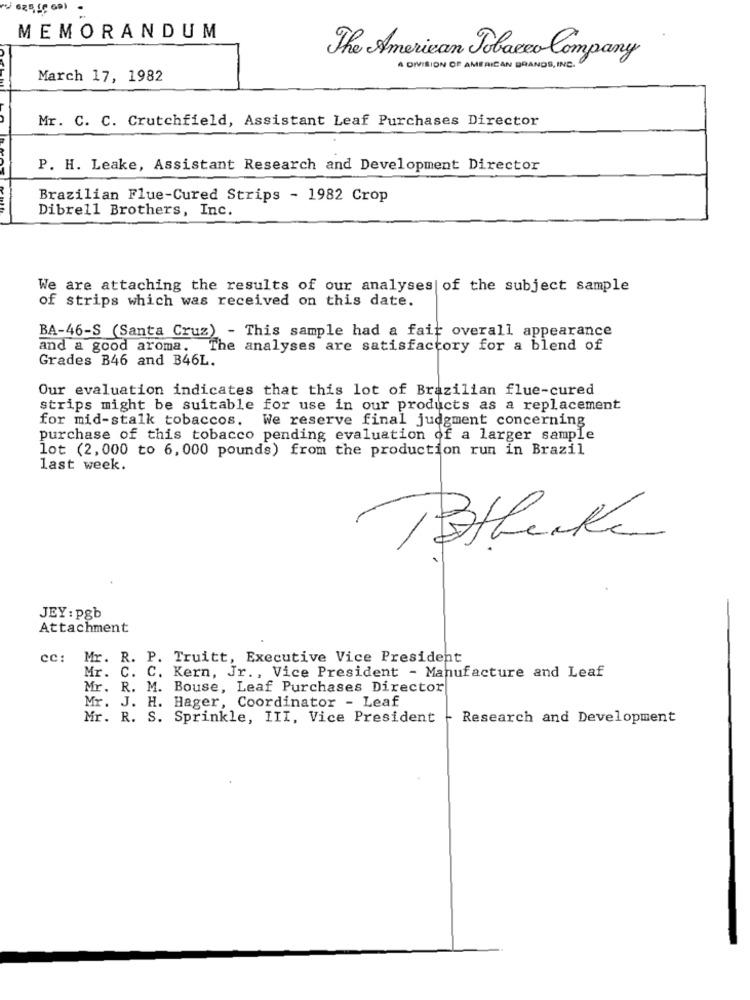
625 66 69)
MEMORANDUM
The American Tobacco Company
A DIVISION OF AMERICAN BRANDS, INC.
March 17, 1982
Mr. C. C. Crutchfield, Assistant Leaf Purchases Director
P. H. Leake, Assistant Research and Development Director
Brazilian Flue-Cured Strips - 1982 Crop
Dibrell Brothers, Inc.
We are attaching the results of our analyses of the subject sample
of strips which was received on this date.
BA-46-S (Santa Cruz) - This sample had a fait overall appearance
and a good aroma.
The analyses are satisfactory for a blend of
Grades B46 and B46L.
Our evaluation indicates that this lot of Brazilian flue-cured
strips might be suitable for use in our products as a replacement
for mid-stalk tobaccos.
We reserve final judgment concerning
purchase of this tobacco pending evaluation of a larger sample
lot (2, 000 to 6, 000 pounds) from the production run in Brazil
last week.
JEY: pgb
Attachment
cc: Mr. R. P. Truitt, Executive Vice President
Mr. C. C. Kern, Jr ., Vice President - Manufacture and Leaf
Mr. R. M. Bouse, Leaf Purchases Director
Mr. J. H. Hager, Coordinator - Leaf
Mr. R. S. Sprinkle, III, Vice President
Research and Development